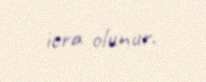
icra olunur.